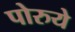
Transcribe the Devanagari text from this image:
पोरुये